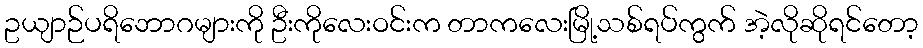
ဥယျာဉ်ပရိဘောဂများကို ဦးကိုလေးဝင်းက တာကလေးမြို့သစ်ရပ်ကွက် အဲ့လိုဆိုရင်တော့